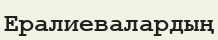
Ералиевалардың